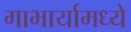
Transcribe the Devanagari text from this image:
गाभार्यामध्ये